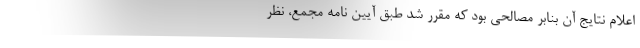
اعلام نتایج آن بنابر مصالحی بود که مقرر شد طبق آیین نامه مجمع، نظر